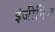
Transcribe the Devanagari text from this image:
इंजीनिय